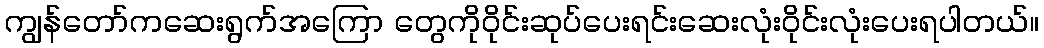
ကျွန်တော်ကဆေးရွက်အကြော တွေကိုဝိုင်းဆုပ်ပေးရင်းဆေးလုံးဝိုင်းလုံးပေးရပါတယ်။